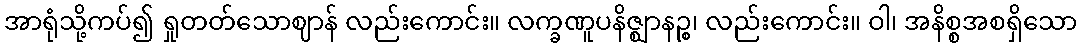
အာရုံသို့ကပ်၍ ရှုတတ်သောဈာန် လည်းကောင်း။ လက္ခဏူပနိဇ္ဈာနဉ္စ၊ လည်းကောင်း။ ဝါ၊ အနိစ္စအစရှိသော